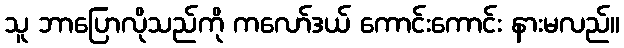
သူ ဘာပြောလိုသည်ကို ကလော်ဒယ် ကောင်းကောင်း နားမလည်။